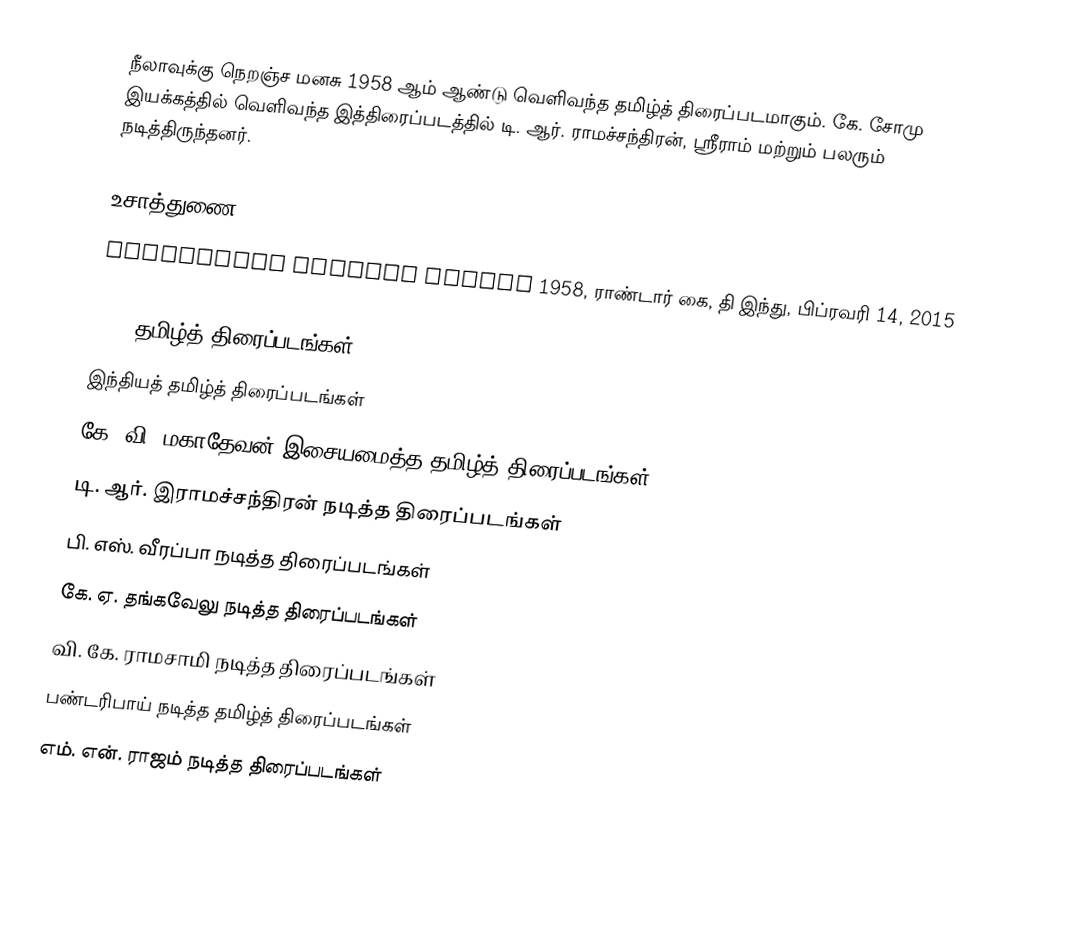
நீலாவுக்கு நெறஞ்ச மனசு 1958 ஆம் ஆண்டு வெளிவந்த தமிழ்த் திரைப்படமாகும். கே. சோமு இயக்கத்தில் வெளிவந்த இத்திரைப்படத்தில் டி. ஆர். ராமச்சந்திரன், ஸ்ரீராம் மற்றும் பலரும் நடித்திருந்தனர்.

உசாத்துணை
 Neelavukku Niranja Manasu 1958, ராண்டார் கை, தி இந்து, பிப்ரவரி 14, 2015

1958 தமிழ்த் திரைப்படங்கள்
இந்தியத் தமிழ்த் திரைப்படங்கள்
கே. வி. மகாதேவன் இசையமைத்த தமிழ்த் திரைப்படங்கள்
டி. ஆர். இராமச்சந்திரன் நடித்த திரைப்படங்கள்
பி. எஸ். வீரப்பா நடித்த திரைப்படங்கள்
கே. ஏ. தங்கவேலு நடித்த திரைப்படங்கள்
வி. கே. ராமசாமி நடித்த திரைப்படங்கள்
பண்டரிபாய் நடித்த தமிழ்த் திரைப்படங்கள்
எம். என். ராஜம் நடித்த திரைப்படங்கள்